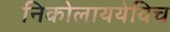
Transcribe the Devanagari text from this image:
निकोलाययेविच